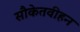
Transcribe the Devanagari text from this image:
सौकेतवीहन